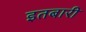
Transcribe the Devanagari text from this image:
इतबारी